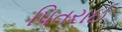
પિતરાઈ